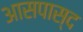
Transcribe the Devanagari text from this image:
आसपास्द